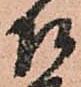
召